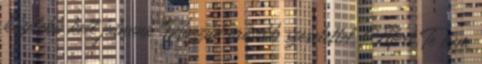
közelebb kell jutnunk Hozzád erősebb szeretettel. Mert Te nem